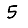
Digit: 5